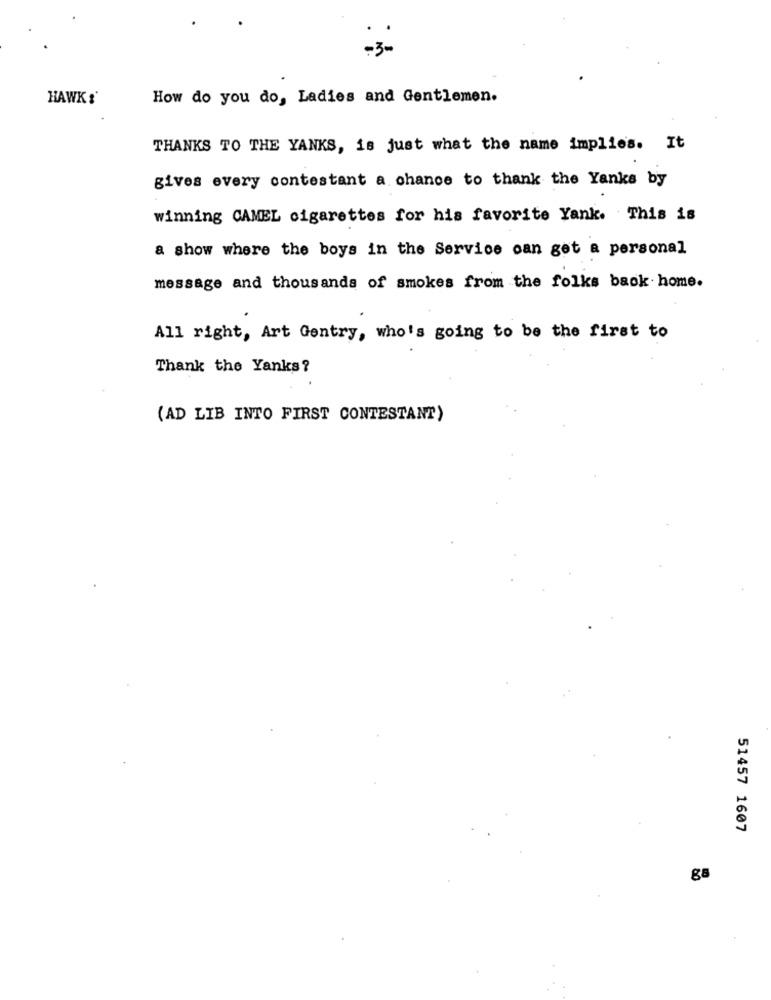
HAWK :'
How do you do, Ladies and Gentlemen.
THANKS TO THE YANKS, is just what the name implies. It
gives every contestant a chance to thank the Yanks by
winning CAMEL cigarettes for his favorite Yank. This is
a show where the boys in the Service can get a personal
message and thousands of smokes from the folks back home.
All right, Art Gentry, who's going to be the first to
Thank the Yanks?
(AD LIB INTO FIRST CONTESTANT)
51457 1607